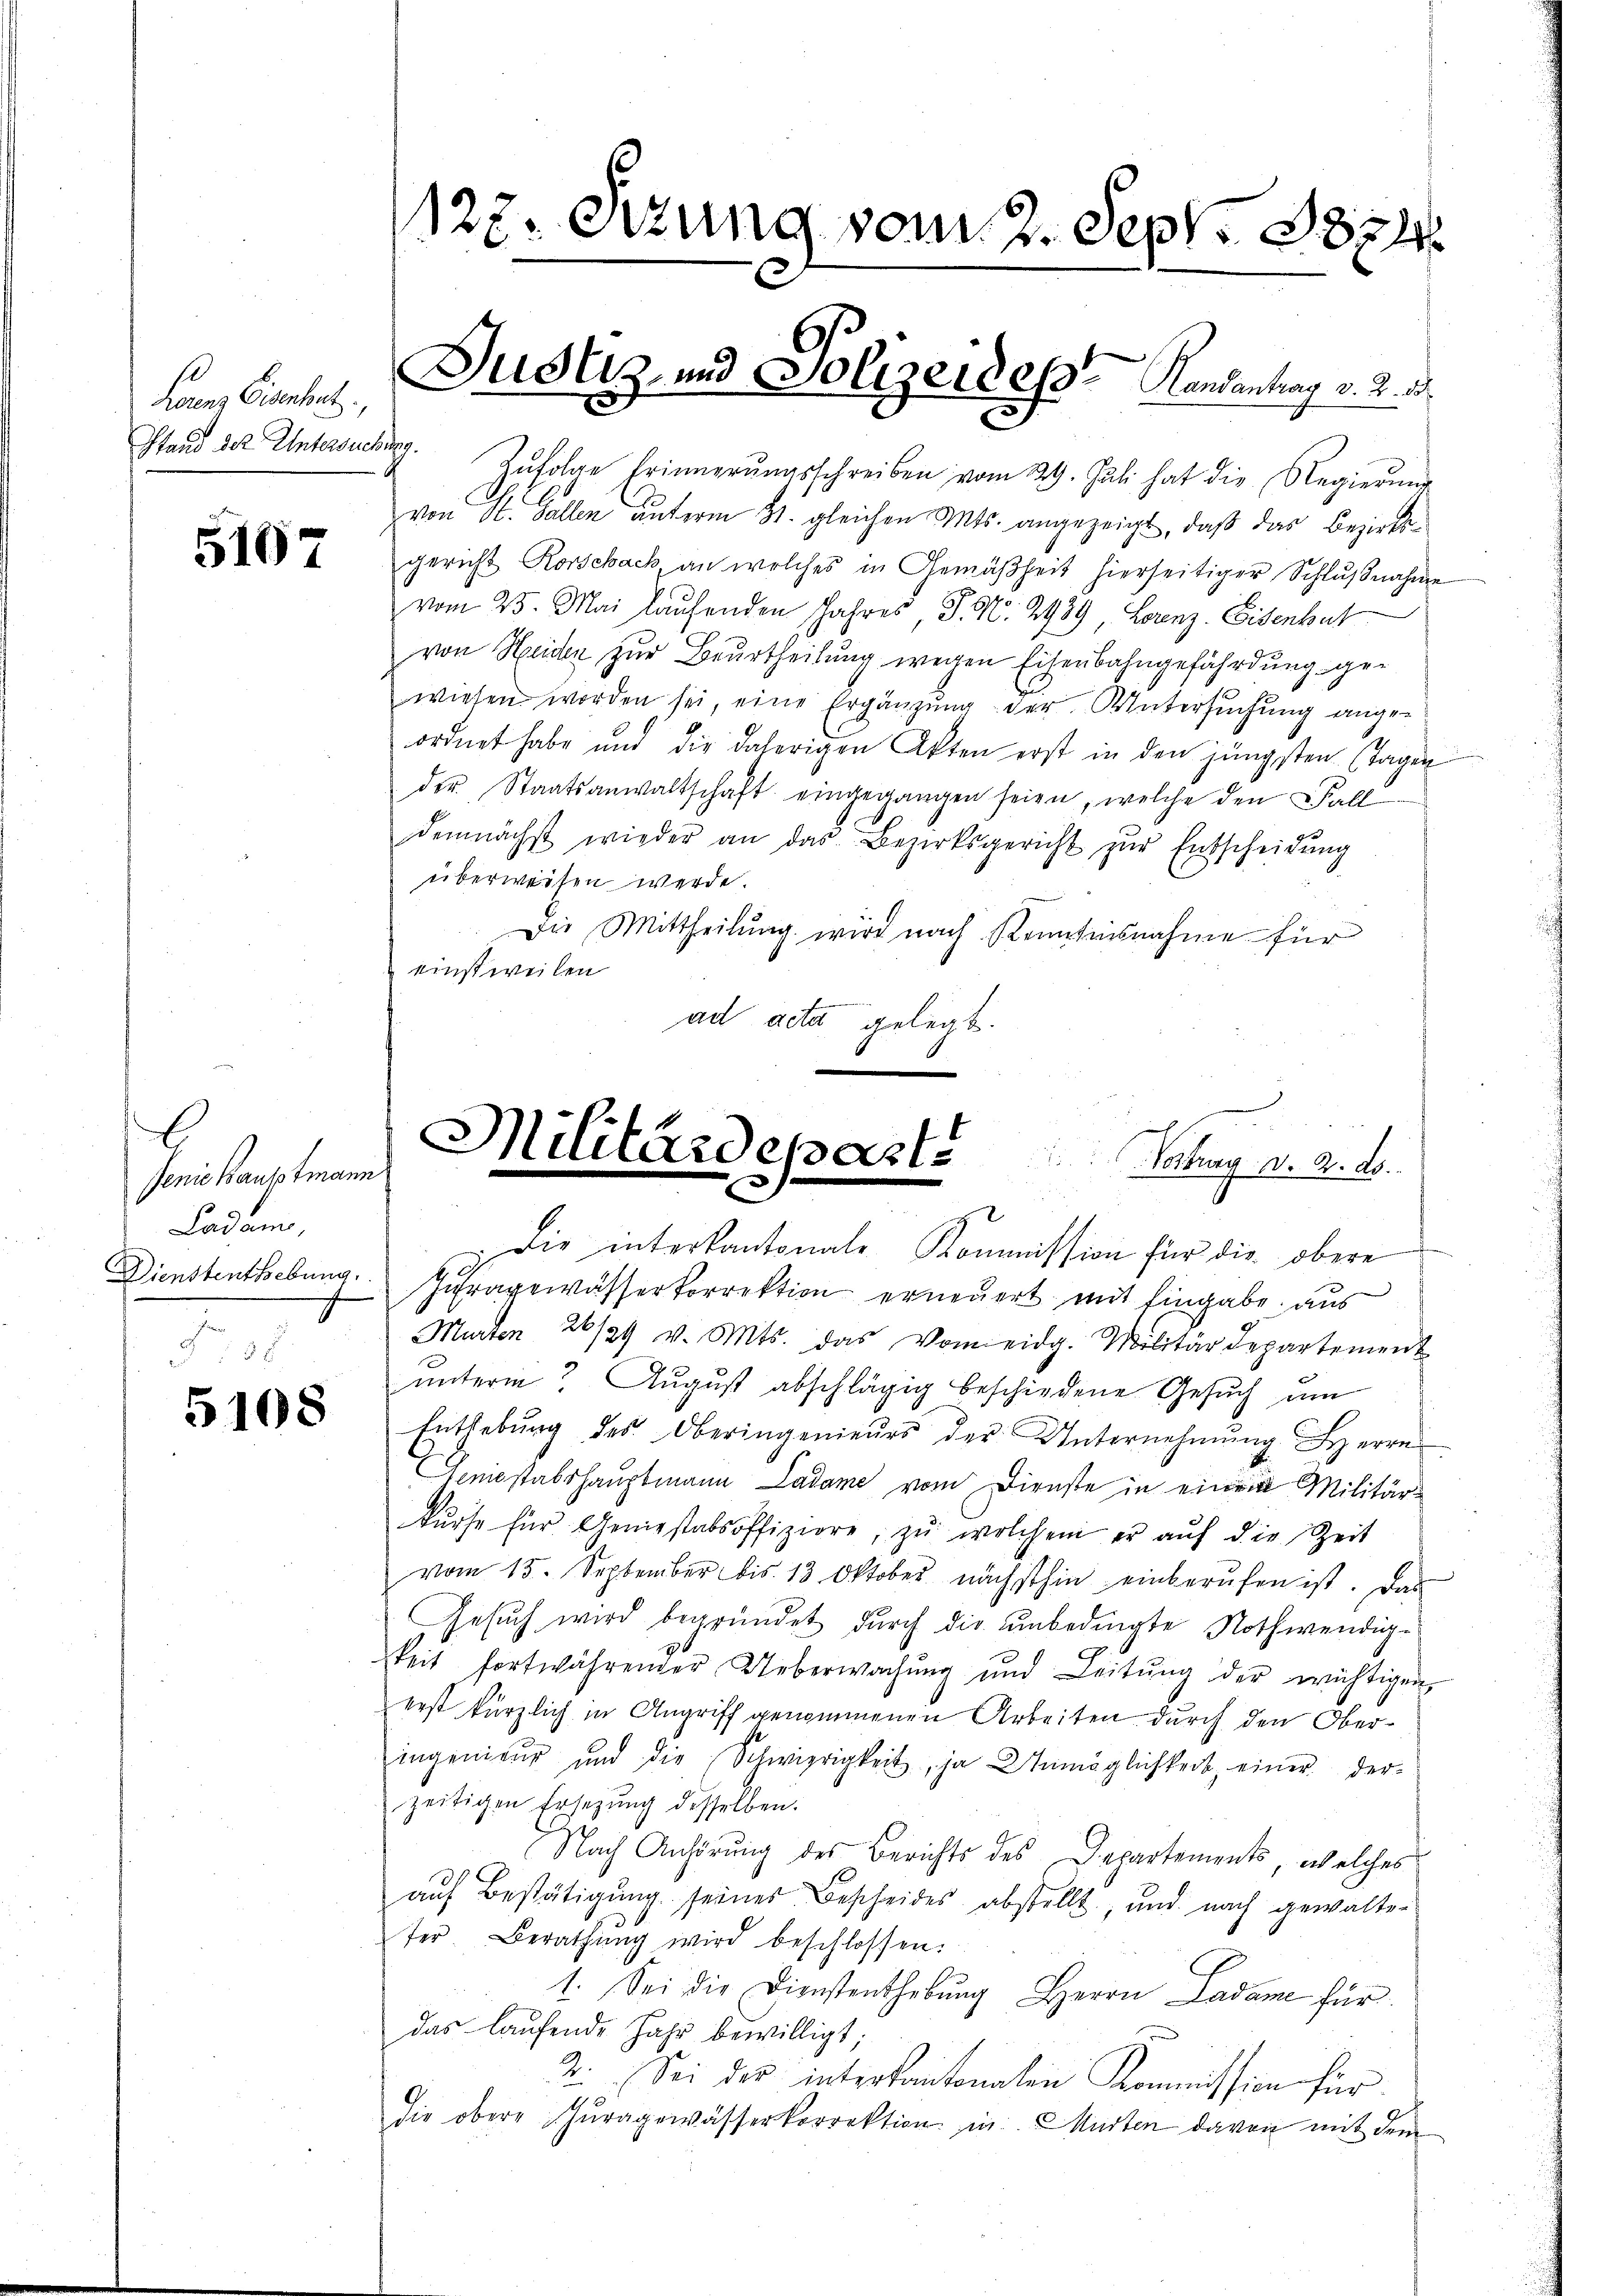
Lorenz Gierket,
Stand der Untersuchung.

5107

E
Jenis hauptmann
Ladam

5108

Zŭfolge Erinnerŭngsschreiben vom 29. Juli hat die Regierŭng
von St. Gallen unterm 31. gleichen Mts. angezeigt, daß das Bezirksgericht Korschach, an welches in Gemäßheit hierseitiger Schlußnahme
vom 25. Mai laufenden Jahres, P. Nr. 2939, Lorenz. Eisenbat
von Heiden zur Beurtheilung wegen Eisenbahngefährdung gewiesen worden sei, eine Ergänzung der Untersuchung angeordnet habe und die daherigen Akten erst in den jüngsten Tagen
der Staatsanwaltschaft eingegangen seien, welche den Fall
demnächst wieder an das Bezirksgericht zŭr Entscheidŭng
überweisen werde.
Die Mittheilung wird nach Kenntnisnahme für
einstweilen
ad acta gelegt.

127. Sitzung vom 2. Sept. 1874.

Justiz- und Polizeides Handentrag v. 2. d.

Militärdeparte
Nortrag d. 2. ds.

Die interkantonale Kommission für die obere
Dienstenthebung. Intragewässerkorrektion erneuert mit Eingabe aus
Murten 26/31 v. Mts. das vom eidg. Militärdepartement
ŭnterm August abschlägig beschiedene Gesŭch ŭm
Enthebung des Oberingenieurs der Unternehmung Herre
Geniestabshauptmann Ladame vom Dienste in einem Militärkŭrse für Geniesstabsoffiziere, zŭ wolchem er aŭf die Zeit
vom 15. September bis 13 Oktober nächsthin einberŭfen ist. Das
Gesŭch wird begründet durch die unbedingte Nothwendig-
keit fortwährender Ueberwachŭng und Leitŭng der wichtigen
zerst kürzlich in Angriff genommenen Arbeiten durch den Oberingenieŭr und die Schwierigkeit, ja Unmöglichkeit einer der
zeitigen Ersezung desselben.
Nach Anhörung des Berichts des Departements, welches
aŭf Bestätigung seines Bescheides abstellt, und nach gewalteter Berathŭng wird beschlossen:
1. Sei die Dienstenthebŭng Herrn Ladame für
das laufende Jahr bewilligt;
2. Sei der interkantonalen Kommission für
die obere Gŭragewässerkorrektion in Murten davon mit dem